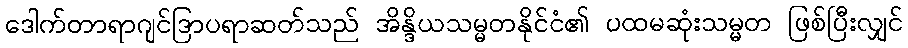
ဒေါက်တာရာဂျင်ဒြာပရာဆတ်သည် အိန္ဒိယသမ္မတနိုင်ငံ၏ ပထမဆုံးသမ္မတ ဖြစ်ပြီးလျှင်